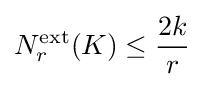
N_{r}^{\text{ext}}(K)\leq {\frac {2k}{r}}